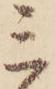
ミ